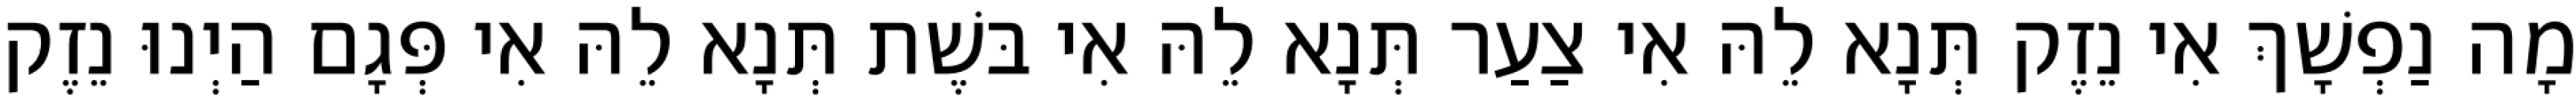
מָה נַפְשָׁךְ אִי נֵזֶק תְּנָא לֵהּ אִי צַעַר תְּנָא לֵהּ אִי בּשֶׁת תְּנָא לֵהּ אִי פְּגָם הַיְנוּ נֵזֶק